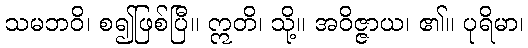
သမဘဝိ၊ စ၍ဖြစ်ပြီ။ ဣတိ၊ သို့။ အဝိဇ္ဇာယ၊ ၏။ ပုရိမာ၊